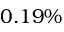
0 . 1 9 \%